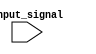
module simple_case_statement (
    input wire [3:0] input_signal
);

reg [7:0] output_reg;

always @(*) begin
    case(input_signal)
        4'b0000: output_reg = 8'b00000000;
        4'b0001: output_reg = 8'b00000001;
        4'b0010: output_reg = 8'b00000010;
        4'b0011: output_reg = 8'b00000011;
        4'b0100: output_reg = 8'b00000100;
        4'b0101: output_reg = 8'b00000101;
        4'b0110: output_reg = 8'b00000110;
        4'b0111: output_reg = 8'b00000111;
        default: output_reg = 8'b11111111;
    endcase
end

endmodule